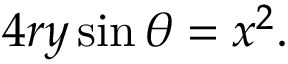
4 r y \sin \theta = x ^ { 2 } .